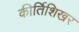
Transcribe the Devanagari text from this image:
कीर्तिशिखर